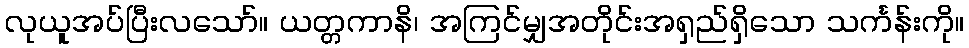
လုယူအပ်ပြီးလသော်။ ယတ္တကာနိ၊ အကြင်မျှအတိုင်းအရှည်ရှိသော သင်္ကန်းကို။